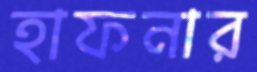
হাফনার